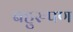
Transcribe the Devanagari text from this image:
बहुरुपण